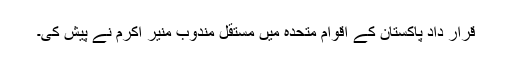
قرار داد پاکستان کے اقوام متحدہ میں مستقل مندوب منیر اکرم نے پیش کی۔